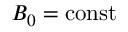
B _ { 0 } = \mathrm { c o n s t }